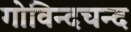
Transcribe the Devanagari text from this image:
गोविन्दचन्द